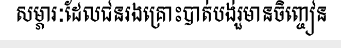
សម្ភារៈដែលជនរងគ្រោះបាត់បង់រួមានចិញ្ចៀន